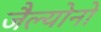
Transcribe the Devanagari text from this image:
जैल्योनो